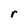
Character: r